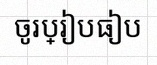
ចូរប្រៀបធៀប